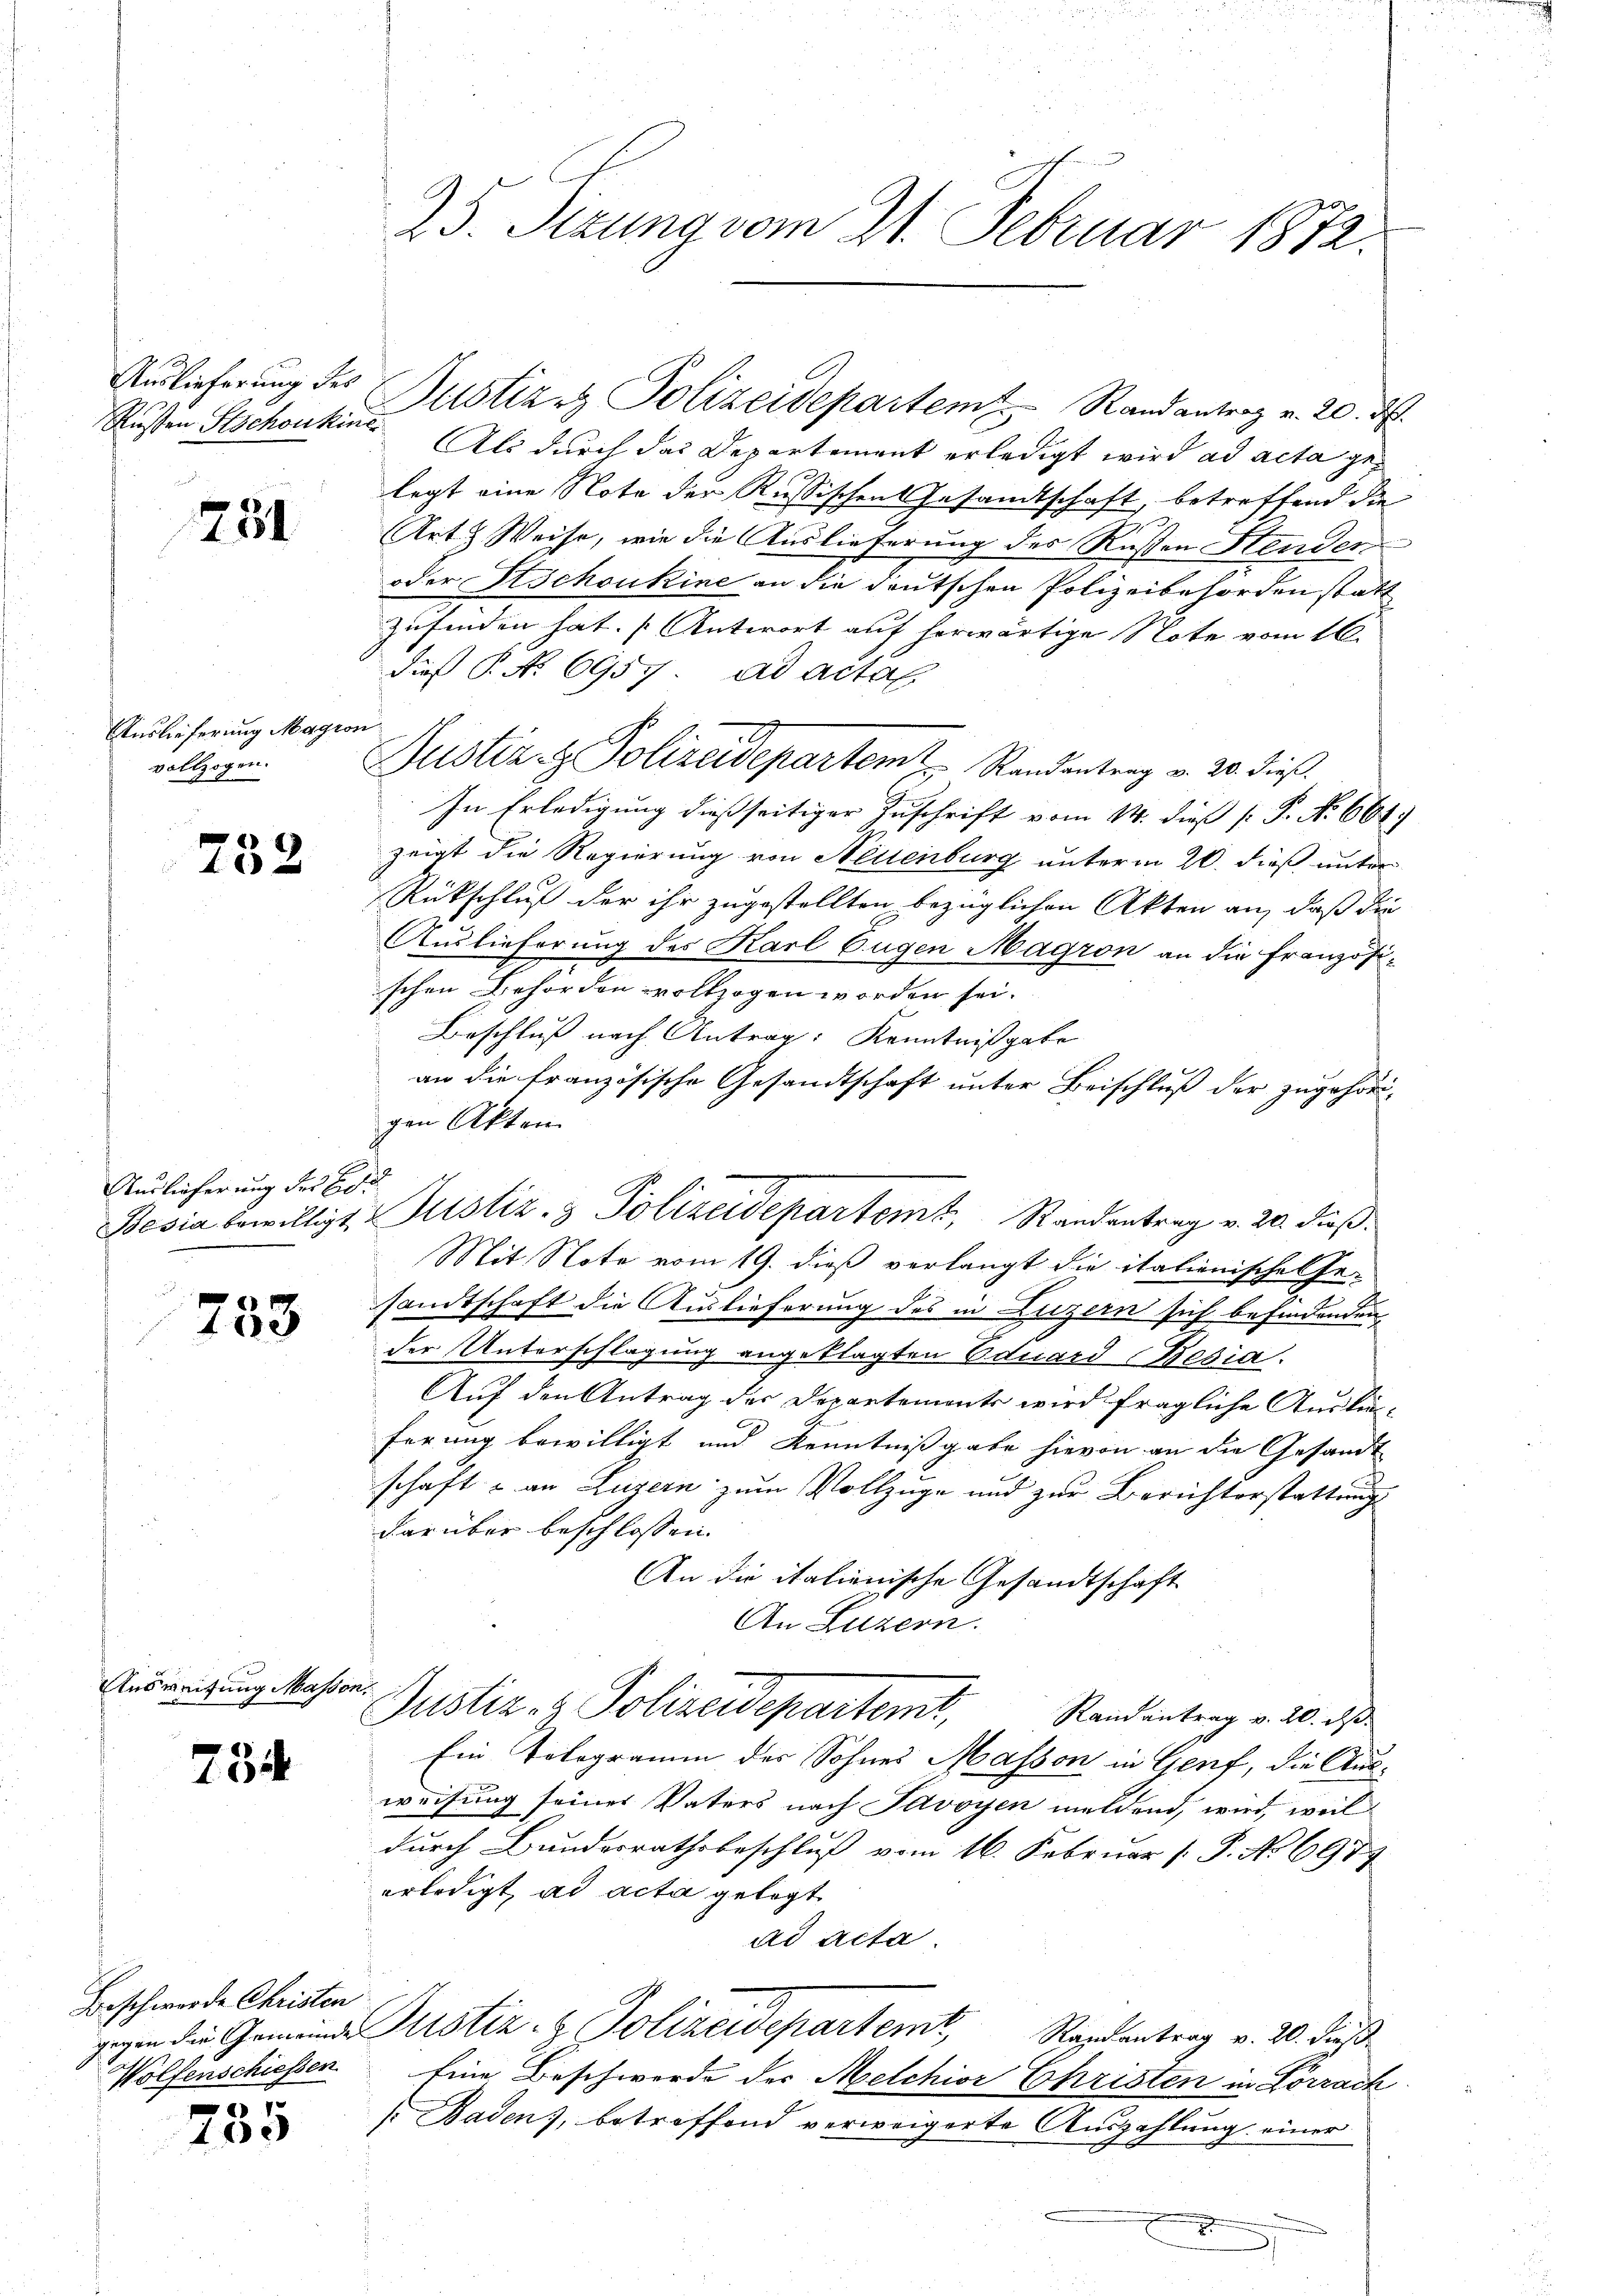
Rusten Stichoukine

251

Auslieferung Magion
vollzogen.

752

Auslieferung des Be

738

Ausreifung Masson,

754

Beschwerde Christen
gegen die Gemeinde
Wolfenschiessen
1

100

25. Sezung vom 21. Februar 1872.

Als durch das Departement erledigt wird ad acta gelegt eine Note der Russischen Gesandtschaft, betreffend die
Art & Weise, wie die Auslieferung des Rußen Henden
oder Schoukine an die deutschen Polizeibehörden statt
zufinden hat. Antwort auf herwärtige Note vom 16.
dieß P. No. 6957, ad actal
Justiz- & Polizeidepartem Randentrag v. 20. dieß.
In Erledigung dießseitiger Zuschrift vom 14. dieß [ P. No 661.)
zeigt die Regierung von Nettenburg unterm 20. dieß unter
Rückschluß der ihr zugestellten bezüglichen Akten an, daß die
Auslieferung des Karl Eugen Magron an die Französischen Behörden vollzogen worden sei.
Beschluß nach Antrag: Kenntnißgabe
an die französische Gesandtschaft unter Beischluß der zugehörd-
gen Akten
Bosia bewilligt, Justiz- & Polizeidepartemt, Standentrag v. 20. dieß.
Mit Note vom 19. dieß verlangt die italienisches Ge-
sandtschaft die Auslieferung des in Luzern sich befindenden
der Unterschlagung angeklagten Eduard Besia.
Auf den Antrag der Departements wird fragliche Auskünferung bewilligt und Kenntnißgabe hievon an die Gesandt
schaft & an Luzern zum Vollzuge und zur Berichterstattung
darüber beschlossen:
An die italienische Gesandtschaft
An Luzern.
Justiz- & Polizeidepartemt,
Randantrag v. 20. ds.
Ein Tologramm der Sohnes Masson in Genf, die Aus-
weisung seiner Vaters nach Savoyen meldend, wird, weil
durch Bundesrathsbeschluß vom 16. Februar [ P. No 6977
erledigt, ad acta gelegt
ad Acta
Justiz- & Polizeidepartemt, Randantrag v. 20. Fuß
Eine Beschwerde der Melchior Christen in Lörrach
[Baden, betreffend verweigerte Auszahlung einer

Auslieferung des Justiers Polizeidepartem Randantrag v. 20. d.